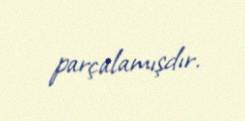
parçalamışdır.